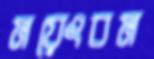
ময়েংবম